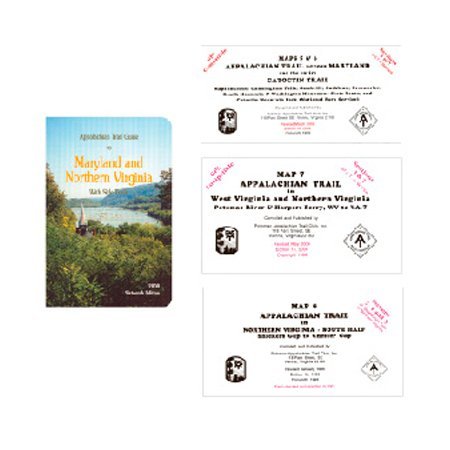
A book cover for Appalachian Trail Guide to Maryland-Northern Virginia; Travel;